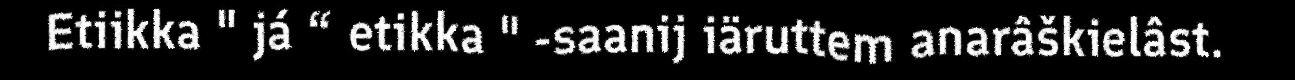
Etiikka " já “ etikka " -saanij iäruttem anarâškielâst.